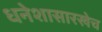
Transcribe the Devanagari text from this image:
धनेशासारखेच